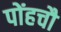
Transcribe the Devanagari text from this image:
पोंहचौ